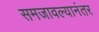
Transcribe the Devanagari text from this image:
समजावल्यानंतर